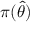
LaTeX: \pi ( { \widehat { \theta } } )